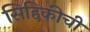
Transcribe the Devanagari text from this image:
सिद्दिकीची